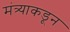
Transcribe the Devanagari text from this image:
मंत्र्याकडून